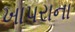
ખાપરાના